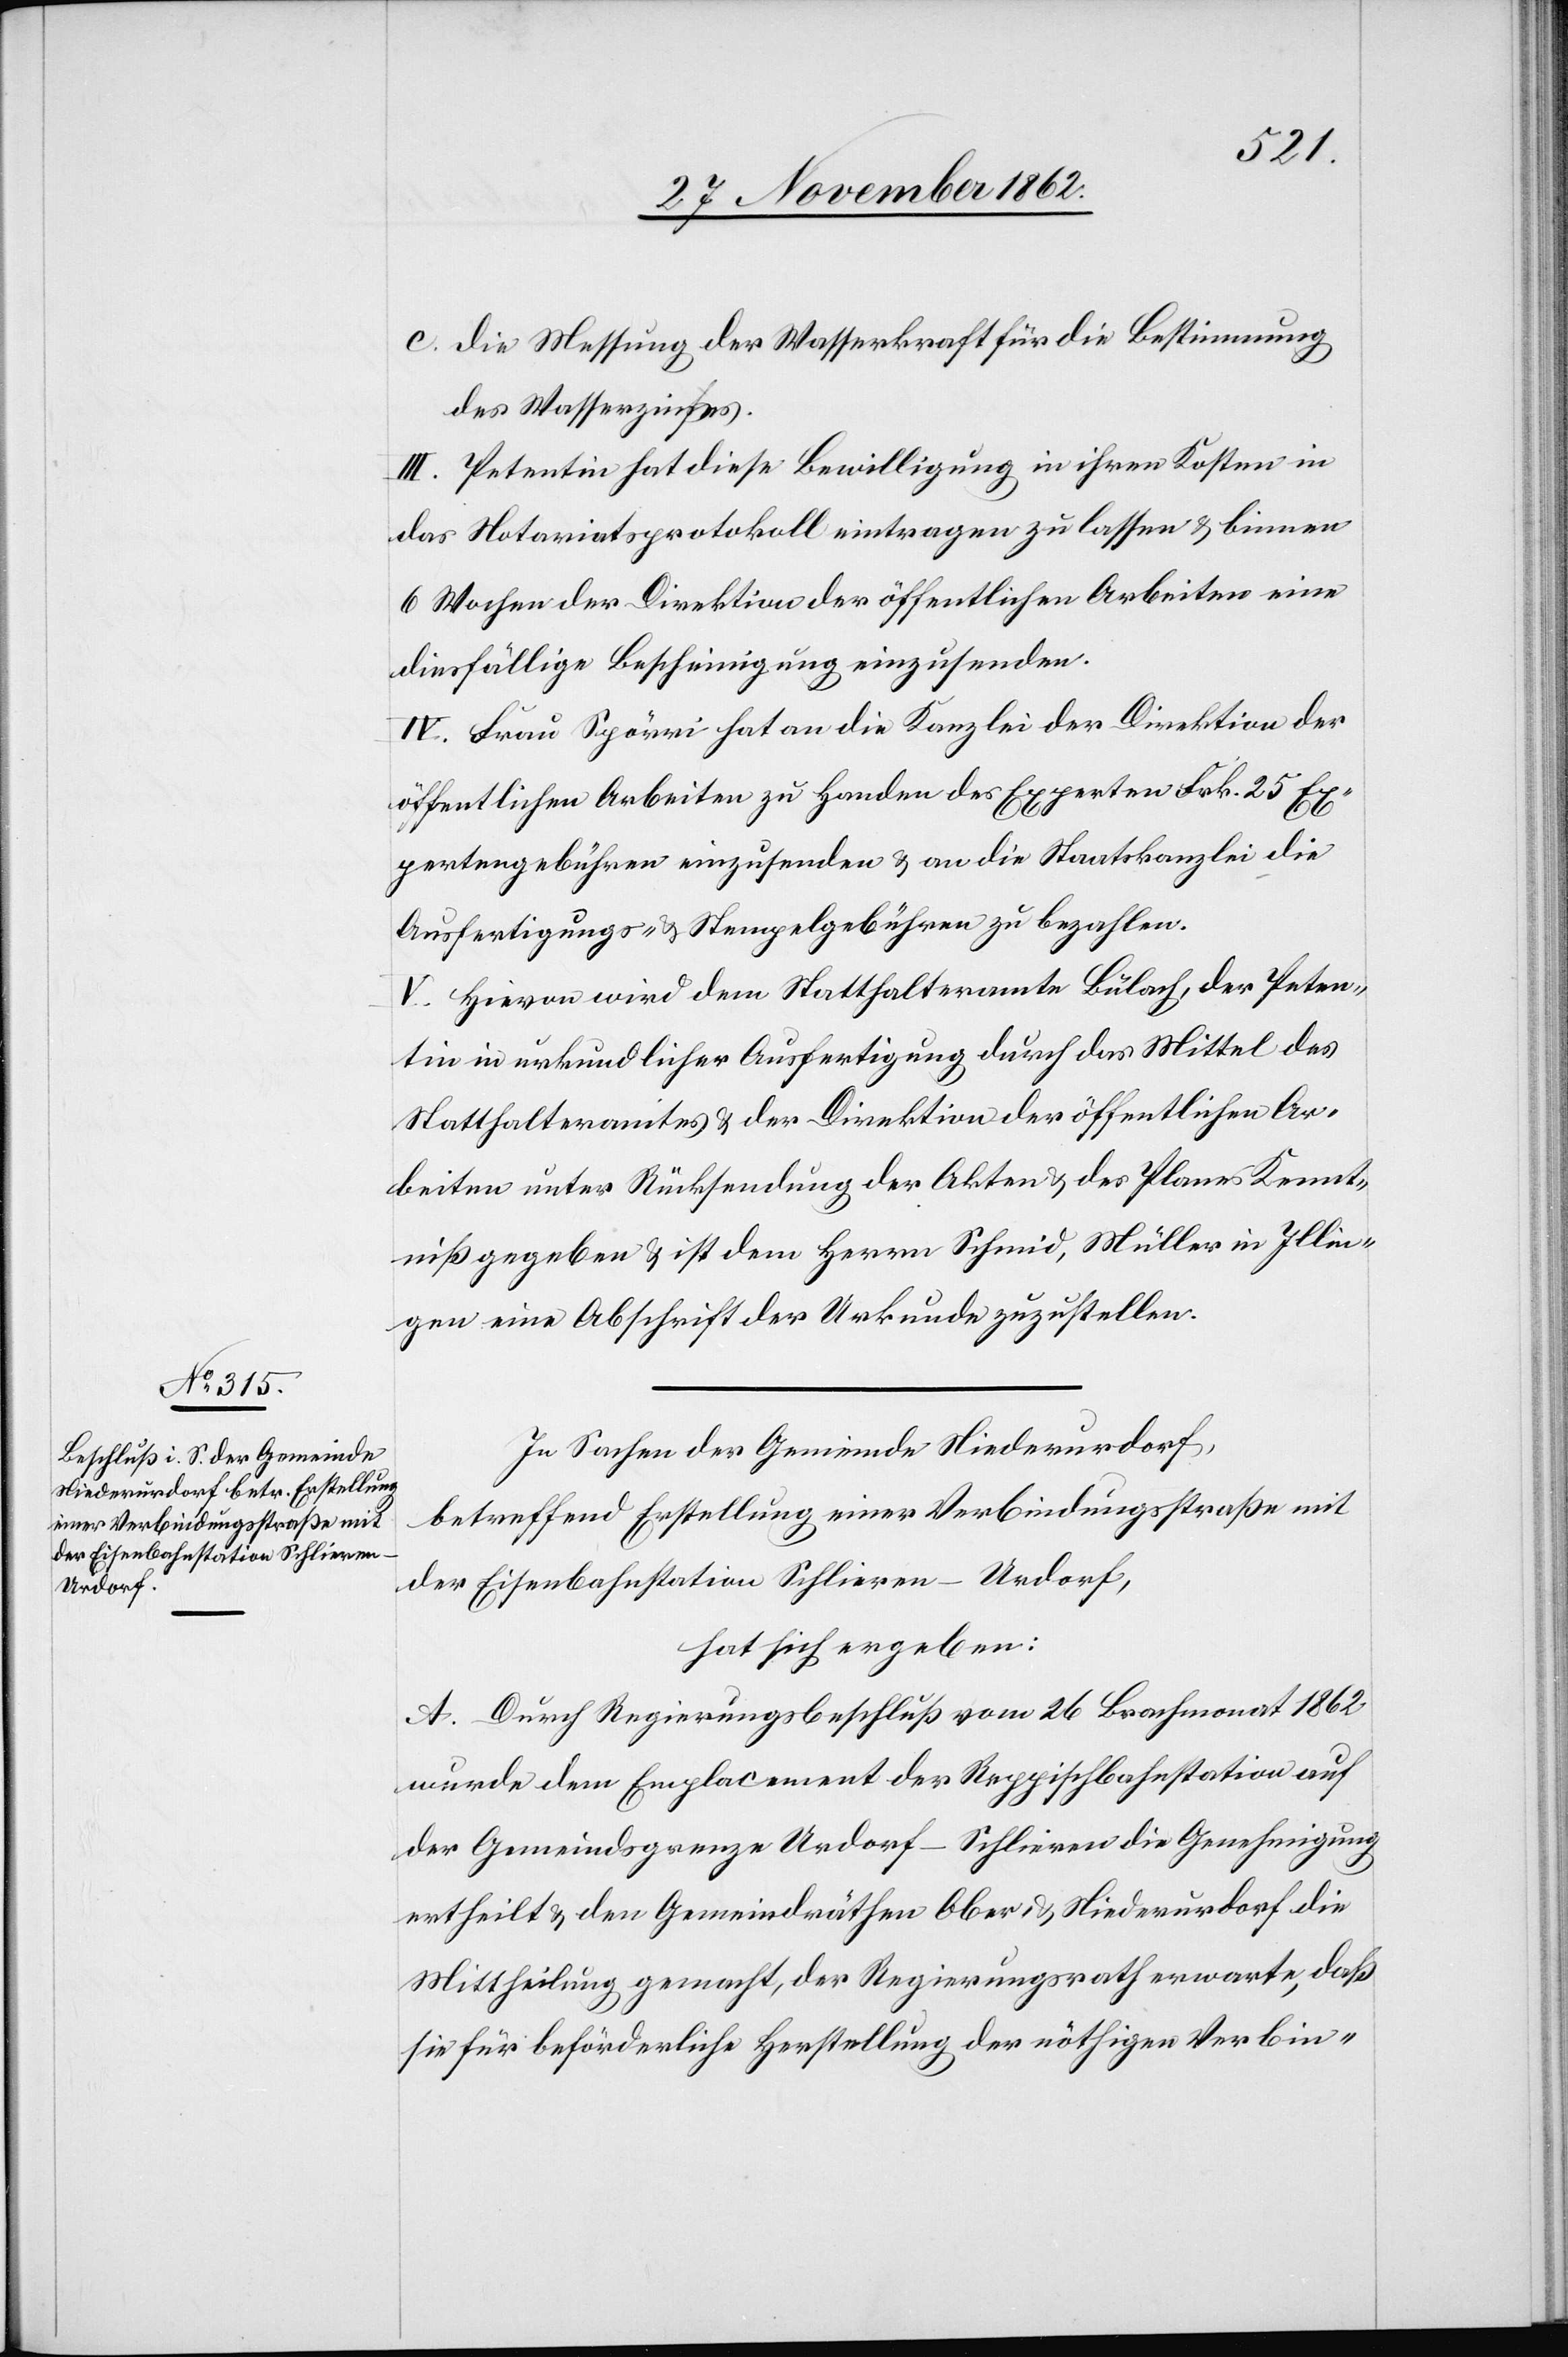
c. Die Messung der Wasserkraft für die Bestimmung
des Wasserzinses.
III. Petentin hat diese Bewilligung in ihren Kosten in
das Notariatsprotokoll eintragen zu lassen u. binnen
6 Wochen der Direktion der öffentlichen Arbeiten eine
diesfällige Bescheinigung einzusenden.
IV. Frau Spörri hat an die Kanzlei der Direktion der
öffentlichen Arbeiten zu Handen des Experten Frk. 25 Ex¬
pertengebühren einzusenden u. an die Staatskanzlei die
Ausfertigungs- u. Stempelgebühren zu bezahlen.
V. Hievon wird dem Statthalteramte Bülach, der Peten¬
tin in urkundlicher Ausfertigung durch das Mittel des
Statthalteramtes u. der Direktion der öffentlichen Ar¬
beiten unter Rücksendung der Akten u. des Planes Kennt¬
niß gegeben u. ist dem Herrn Schmid, Müller in Illin¬
gen eine Abschrift der Urkunde zuzustellen.
In Sachen der Gemeinde Niederurdorf,
betreffend Erstellung einer Verbindungsstraße mit
der Eisenbahnstation Schlieren-Urdorf,
hat sich ergeben:
A. Durch Regierungsbeschluß vom 26. Brachmonat 1862
wurde dem Emplacement der Reppischbahnstation auf
der Gemeindsgrenze Urdorf-Schlieren die Genehmigung
ertheilt u. den Gemeindräthen Ober- u. Niederurdorf die
Mittheilung gemacht, der Regierungsrath erwarte, daß
sie für beförderliche Herstellung der nöthigen Verbin-